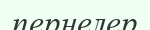
пернелер